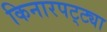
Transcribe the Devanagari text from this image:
किनारपट्ट्या